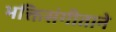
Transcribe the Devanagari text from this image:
भक्तिसंगीताने